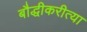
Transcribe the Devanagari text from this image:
बौद्धीकरीत्या